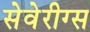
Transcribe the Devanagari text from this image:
सेवेरीग्स